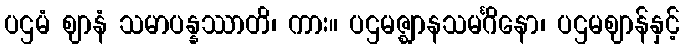
ပဌမံ ဈာနံ သမာပန္နဿာတိ၊ ကား။ ပဌမဇ္ဈာနသမင်္ဂိနော၊ ပဌမဈာန်နှင့်